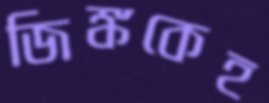
জিঙ্ককেহ